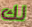
لك